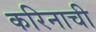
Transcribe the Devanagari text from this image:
करिनाची